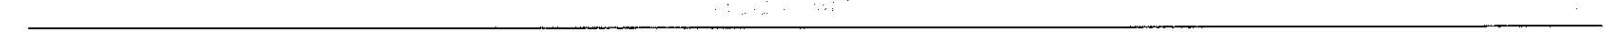
________________